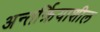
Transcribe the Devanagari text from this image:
अन्तर्क्रियाशील